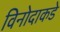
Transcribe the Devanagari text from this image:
विनोदाकडे